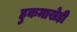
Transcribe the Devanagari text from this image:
हुकमाखेड़ी